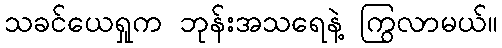
သခင်ယေရှုက ဘုန်းအသရေနဲ့ ကြွလာမယ်။